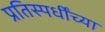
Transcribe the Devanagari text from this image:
प्रतिस्पर्धींच्या